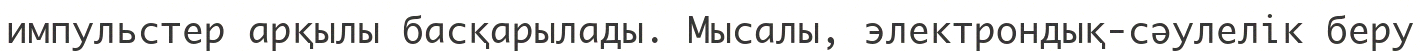
импульстер арқылы басқарылады. Мысалы, электрондық-сәулелік беру